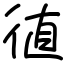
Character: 徝